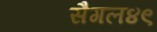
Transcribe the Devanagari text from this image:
सैगल४९